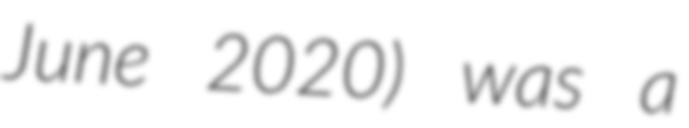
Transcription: June 2020) was a